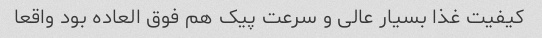
کیفیت غذا بسیار عالی و سرعت پیک هم فوق العاده بود واقعا